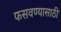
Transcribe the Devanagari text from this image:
फसवण्यासाठी